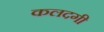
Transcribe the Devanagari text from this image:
कलदगी